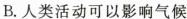
B.人类活动可以影响气候